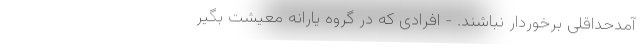
آمدحداقلی برخوردار نباشند. - افرادی که در گروه یارانه معیشت بگیر